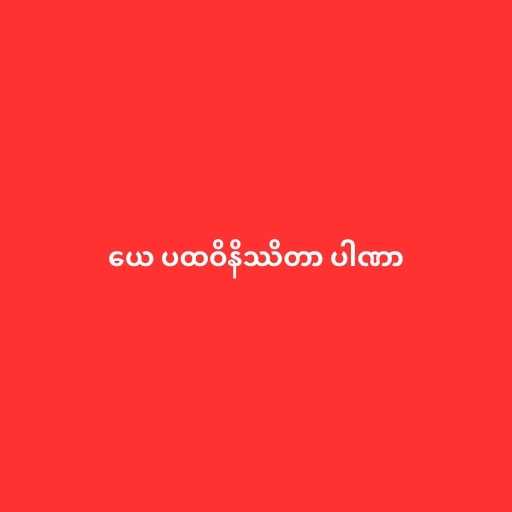
ယေ ပထဝိနိဿိတာ ပါဏာ